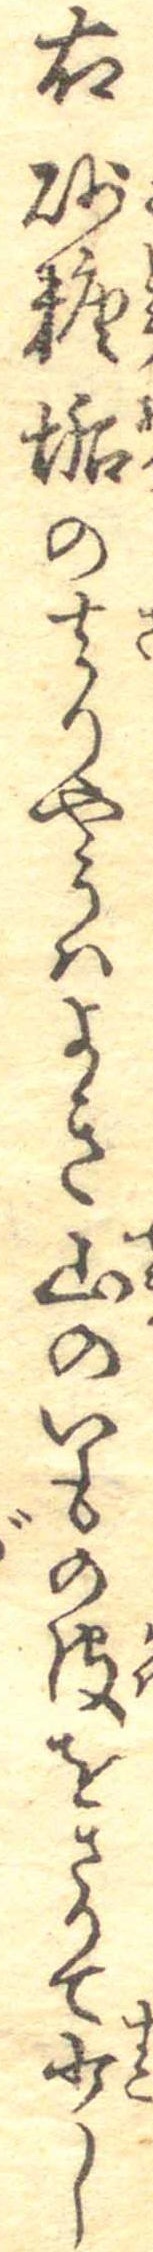
右砂糖垢の去りやうはよき山のいもの皮をさりて少し